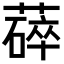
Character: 𬞚